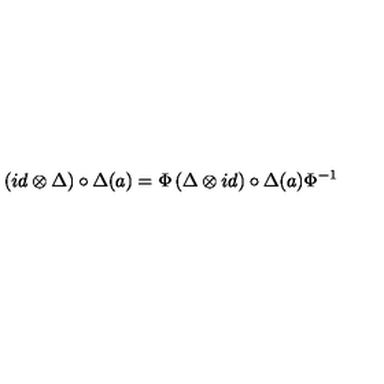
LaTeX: \left( i d \otimes \Delta \right) \circ \Delta ( a ) = \Phi \left( \Delta \otimes i d \right) \circ \Delta ( a ) \Phi ^ { - 1 }